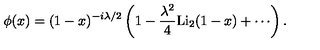
\phi ( x ) = ( 1 - x ) ^ { - i \lambda / 2 } \left( 1 - \frac { \lambda ^ { 2 } } { 4 } \mathrm { L i } _ { 2 } ( 1 - x ) + \cdots \right) .